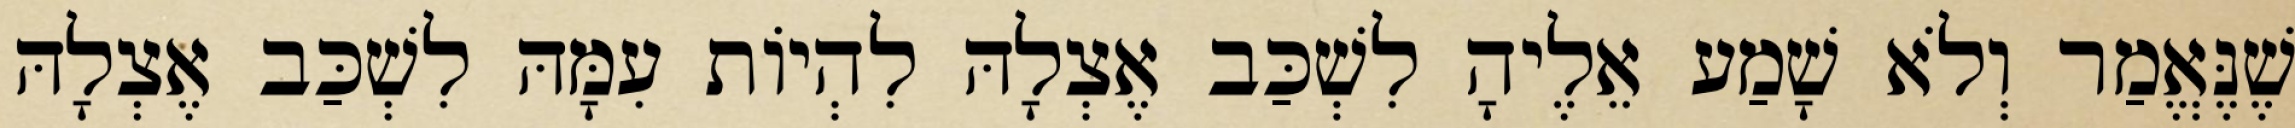
שֶׁנֶּאֱמַר וְלֹא שָׁמַע אֵלֶיהָ לִשְׁכַּב אֶצְלָהּ לִהְיוֹת עִמָּהּ לִשְׁכַּב אֶצְלָהּ